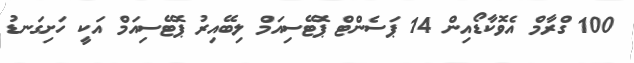
100 ގްރާމް އެވޮކާޑޯއިން 14 ޕަސެންޓް ޕޮޓޭސިއަމް ލިބޭއިރު ޕޮޓޭސިއަމް އަކީ ހަށިގަނޑު